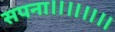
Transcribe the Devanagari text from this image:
सपना॥॥॥॥